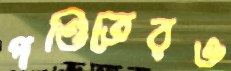
পণ্ডিতেরও